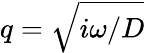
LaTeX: q=\sqrt{i\omega/D}